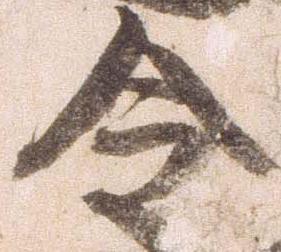
令